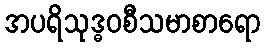
အပရိသုဒ္ဓဝစီသမာစာရော